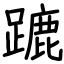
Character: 蹗